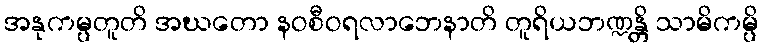
အနုကမ္ပတူတိ အဃတော နဝစီဝရလာဘေနာတိ တူရိယဘဏ္ဍန္တိ သာမိကမ္ပိ